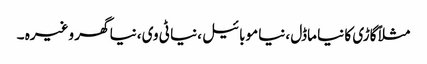
مثلاً گاڑی کا نیا ماڈل ،نیا موبائیل ،نیا ٹی وی ،نیا گھر وغیرہ ۔